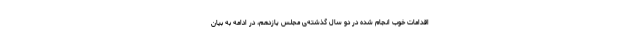
اقدامات خوب انجام شده در دو سال گذشته‌ی مجلس یازدهم، در ادامه به بیان